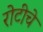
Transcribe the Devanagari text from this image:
रोटीचे